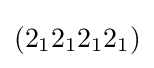
(2_{1}2_{1}2_{1}2_{1})